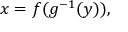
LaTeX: x = f ( g ^ { - 1 } ( y ) ) ,